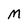
Character: M